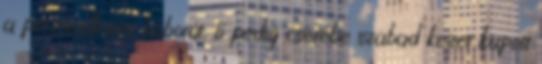
a perzsaellenes háborút, ő pedig cserébe szabad kezet kapott